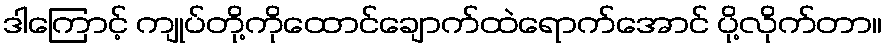
ဒါကြောင့် ကျုပ်တို့ကိုထောင်ချောက်ထဲရောက်အောင် ပို့လိုက်တာ။